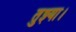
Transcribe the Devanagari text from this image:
तुझ्या।